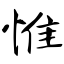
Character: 惟